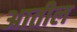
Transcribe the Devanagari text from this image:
अातील